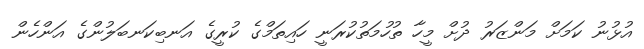
އުޅުނު ކަމަށް މަންޒަރު ދުށް މީހާ ތުހުމަތުކުރަނީ ހައިތަމްގެ ކުރީގެ އަނބިކަނބަލުންގެ އަންހެން